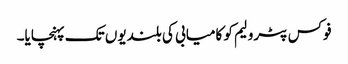
فوکس پٹرولیم کو کامیابی کی بلندیوں تک پہنچایا۔